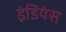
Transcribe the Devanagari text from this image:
इंडियंस